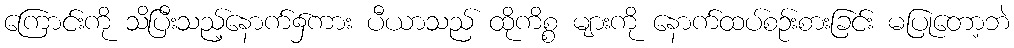
ကြောင်းကို သိပြီးသည့်နောက်၌ကား ပီယာသည် ထိုကိစ္စ များကို နောက်ထပ်စဉ်းစားခြင်း မပြုတော့ဘဲ